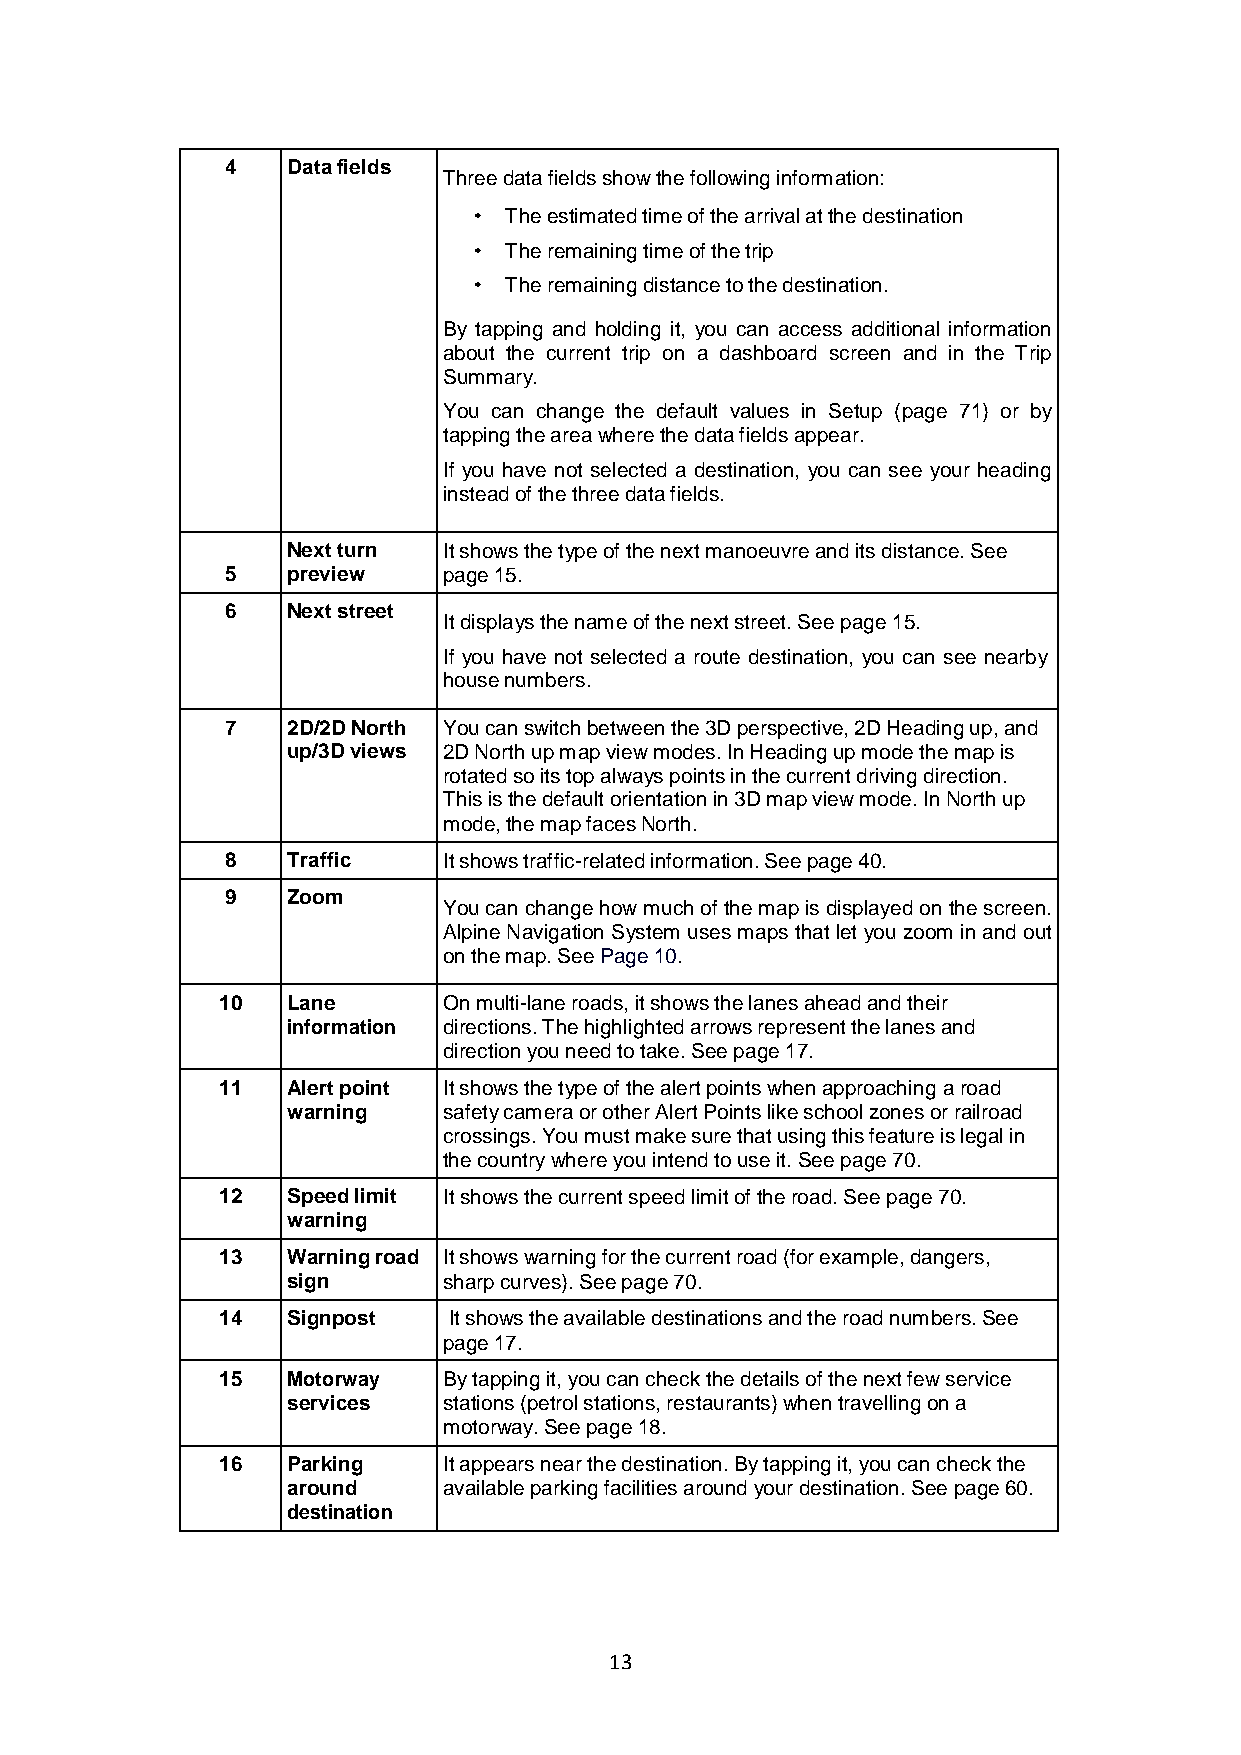
4   Data fields
 Three data fields show the following information:
 The estimated time of the arrival at the destination
 The remaining time of the trip
 The remaining distance to the destination.
 By tapping and holding it, you can access additional information
 about the current trip on a dashboard screen and in the Trip
 Summary.
 You can change the default values in Setup (page 71) or by
 tapping the area where the data fields appear.
 If you have not selected a destination, you can see your heading
 instead of the three data fields.
 Next turn It shows the type of the next manoeuvre and its distance. See
 5   preview   page 15.
 6   Next street
 It displays the name of the next street. See page 15.
 If you have not selected a route destination, you can see nearby
 house numbers.
 7   2D/2D North You can switch between the 3D perspective, 2D Heading up, and
 up/3D views 2D North up map view modes. In Heading up mode the map is
 rotated so its top always points in the current driving direction.
 This is the default orientation in 3D map view mode. In North up
 mode, the map faces North.
 8   Traffic   It shows traffic-related information. See page 40.
 9   Zoom
 You can change how much of the map is displayed on the screen.
 Alpine Navigation System uses maps that let you zoom in and out
 on the map. See Page 10.
 10  Lane      On multi-lane roads, it shows the lanes ahead and their
 information directions. The highlighted arrows represent the lanes and
 direction you need to take. See page 17.
 11  Alert point It shows the type of the alert points when approaching a road
 warning   safety camera or other Alert Points like school zones or railroad
 crossings. You must make sure that using this feature is legal in
 the country where you intend to use it. See page 70.
 12  Speed limit It shows the current speed limit of the road. See page 70.
 warning
 13  Warning road It shows warning for the current road (for example, dangers,
 sign      sharp curves). See page 70.
 14  Signpost   It shows the available destinations and the road numbers. See
 page 17.
 15  Motorway  By tapping it, you can check the details of the next few service
 services  stations (petrol stations, restaurants) when travelling on a
 motorway. See page 18.
 16  Parking   It appears near the destination. By tapping it, you can check the
 around    available parking facilities around your destination. See page 60.
 destination
 13